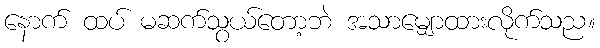
နောက် ထပ် မဆက်သွယ်တော့ဘဲ အသာမျှောထားလိုက်သည။